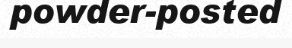
powder-posted